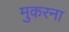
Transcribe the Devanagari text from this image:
मुकरना